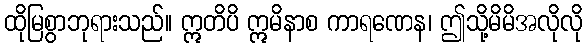
ထိုမြစွာဘုရားသည်။ ဣတိပိ ဣမိနာစ ကာရဏေန၊ ဤသို့မိမိအလိုလို